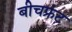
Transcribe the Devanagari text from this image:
बीचफ्रंट